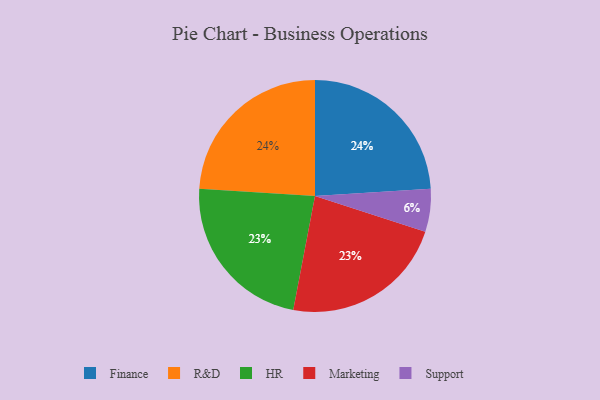
{"axis": {"x": "Category", "y": "Percentage"}, "legend": ["Finance", "HR", "Marketing", "R&D", "Support"], "data": [{"x": "Support", "y": 6, "type": "Support"}, {"x": "Finance", "y": 24, "type": "Finance"}, {"x": "HR", "y": 23, "type": "HR"}, {"x": "Marketing", "y": 23, "type": "Marketing"}, {"x": "R&D", "y": 24, "type": "R&D"}]}